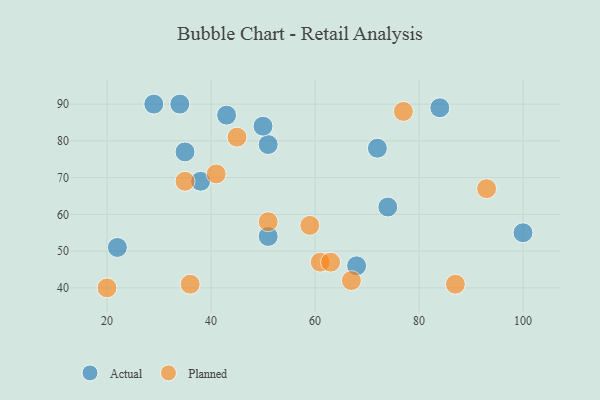
{"axis": {"x": "GDP", "y": "Life Expectancy"}, "legend": ["Actual", "Planned"], "data": [{"x": "38", "y": 69, "type": "Actual"}, {"x": "68", "y": 46, "type": "Actual"}, {"x": "43", "y": 87, "type": "Actual"}, {"x": "51", "y": 79, "type": "Actual"}, {"x": "74", "y": 62, "type": "Actual"}, {"x": "51", "y": 54, "type": "Actual"}, {"x": "29", "y": 90, "type": "Actual"}, {"x": "35", "y": 77, "type": "Actual"}, {"x": "22", "y": 51, "type": "Actual"}, {"x": "72", "y": 78, "type": "Actual"}, {"x": "84", "y": 89, "type": "Actual"}, {"x": "100", "y": 55, "type": "Actual"}, {"x": "34", "y": 90, "type": "Actual"}, {"x": "50", "y": 84, "type": "Actual"}, {"x": "36", "y": 41, "type": "Planned"}, {"x": "20", "y": 40, "type": "Planned"}, {"x": "51", "y": 58, "type": "Planned"}, {"x": "35", "y": 69, "type": "Planned"}, {"x": "77", "y": 88, "type": "Planned"}, {"x": "59", "y": 57, "type": "Planned"}, {"x": "41", "y": 71, "type": "Planned"}, {"x": "61", "y": 47, "type": "Planned"}, {"x": "93", "y": 67, "type": "Planned"}, {"x": "45", "y": 81, "type": "Planned"}, {"x": "63", "y": 47, "type": "Planned"}, {"x": "67", "y": 42, "type": "Planned"}, {"x": "87", "y": 41, "type": "Planned"}]}